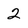
Character: 2